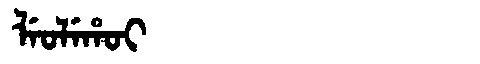
Manchu: ᠯᡝᠣᠯᡝᡥᠣᡳ
Romanization: LEOLEHOI